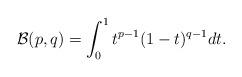
LaTeX: \begin{align*} \mathcal{B}(p,q) = \int_{0}^{1} t^{p-1}(1-t)^{q-1} dt.\end{align*}